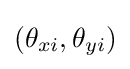
(\theta _{xi},\theta _{yi})